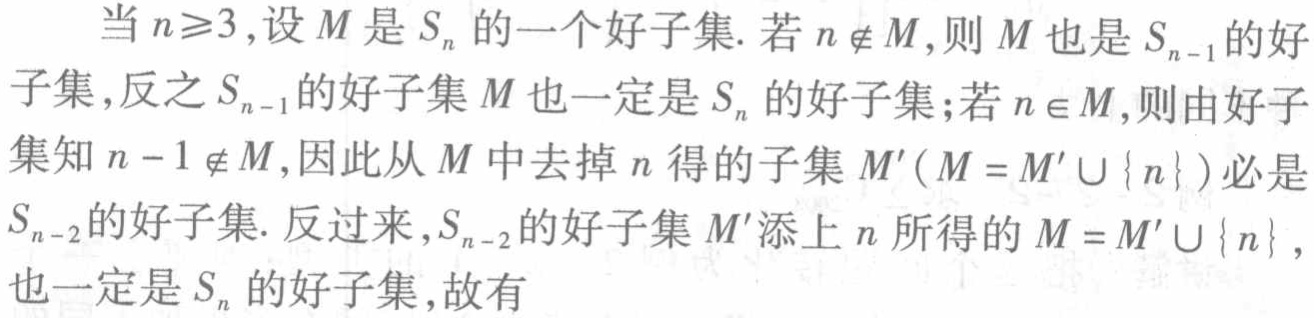
当 \(n\geq3\)，设 \(M\) 是 \(S_{n}\) 的一个好子集. 若 \(n\notin M\)，则 \(M\) 也是 \(S_{n - 1}\) 的好子集，反之 \(S_{n - 1}\) 的好子集 \(M\) 也一定是 \(S_{n}\) 的好子集；若 \(n\in M\)，则由好子集知 \(n - 1\notin M\)，因此从 \(M\) 中去掉 \(n\) 得的子集 \(M'(M = M'\cup\{n\})\) 必是 \(S_{n - 2}\) 的好子集. 反过来，\(S_{n - 2}\) 的好子集 \(M'\) 添上 \(n\) 所得的 \(M = M'\cup\{n\}\)，也一定是 \(S_{n}\) 的好子集，故有